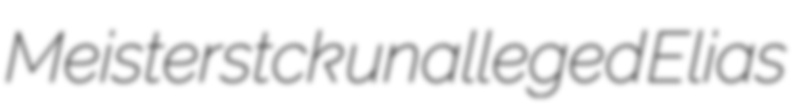
Meisterstck unalleged Elias